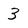
Character: 3